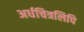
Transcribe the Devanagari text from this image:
अर्धचित्रलिपि